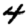
Digit: 4